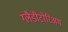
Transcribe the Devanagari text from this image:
ग्लैडीटोरिअम